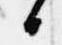
日